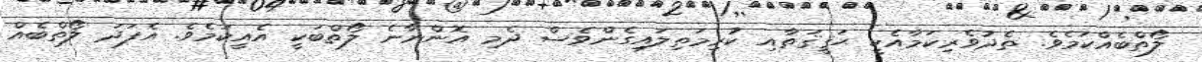
ލޯތްބެއްކަމެވެ. ތެދުވެރިކަމާއެކީ ޙަޤީޤަތާއި ކުރިމަތިލައިގެންވެސް ދެމި އޮންނާނެ ލޯތްބަކީ އެއީކަމެވެ. އެފަދަ ލޯތްބެއް